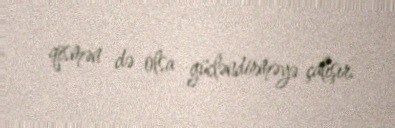
qismən də olsa gücləndirməyə çalışır.